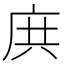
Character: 𢈎